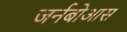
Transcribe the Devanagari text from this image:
जर्नबोआस